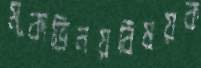
মূকাভিনয়বিষয়ক